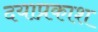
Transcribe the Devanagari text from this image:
दयाप्रकाश